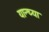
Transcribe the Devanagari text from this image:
यान्च्या